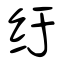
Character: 纡